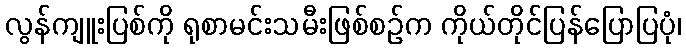
လွန်ကျူးပြစ်ကို ရုစာမင်းသမီးဖြစ်စဉ်က ကိုယ်တိုင်ပြန်ပြောပြပုံ၊